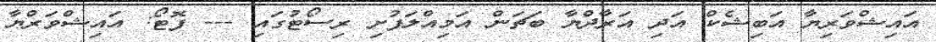
އައިޝްވަރިޔާ އަބިޝެކް އަދި އަރާދްޔާ ބަޗަން އަމިއްލަފުށި ރިސޯޓުގައި --- ފޮޓޯ: އައިޝްވަރްޔާ